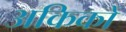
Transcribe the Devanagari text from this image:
अकिको